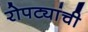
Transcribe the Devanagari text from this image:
रोपट्यांची